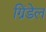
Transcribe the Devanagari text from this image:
ग्रिंडेल